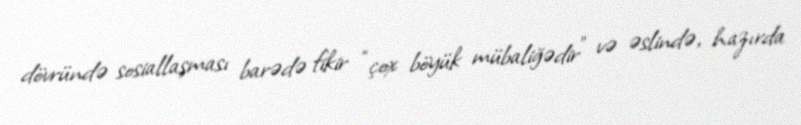
dövründə sosiallaşması barədə fikir “çox böyük mübaliğədir” və əslində, hazırda